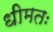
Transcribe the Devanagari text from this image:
धीमतः